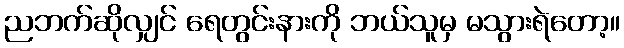
ညဘက်ဆိုလျှင် ရေတွင်းနားကို ဘယ်သူမှ မသွားရဲတော့။